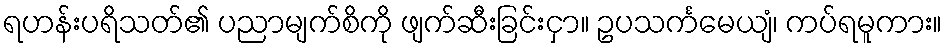
ရဟန်းပရိသတ်၏ ပညာမျက်စိကို ဖျက်ဆီးခြင်းငှာ။ ဥပသင်္ကမေယျံ၊ ကပ်ရမူကား။